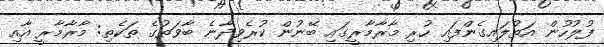
ފުލުހުން އަތުލައިގެންފައި ހުރި މާރާމާރީގައި ބޭނުން ކުރެވިދާނެ ބާވަތުގެ ތަކެތި: މާރާމާރީ އާއި